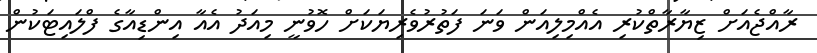
ރާއްޖެއަށް ޒިޔާރާތްކުރި އެއްމިލިއަން ވަނަ ފަތުރުވެރިޔަކަށް ހޮވުނީ މިއަދު އެއާ އިންޑިއާގެ ފްލައިޓަކުން